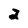
Character: 2